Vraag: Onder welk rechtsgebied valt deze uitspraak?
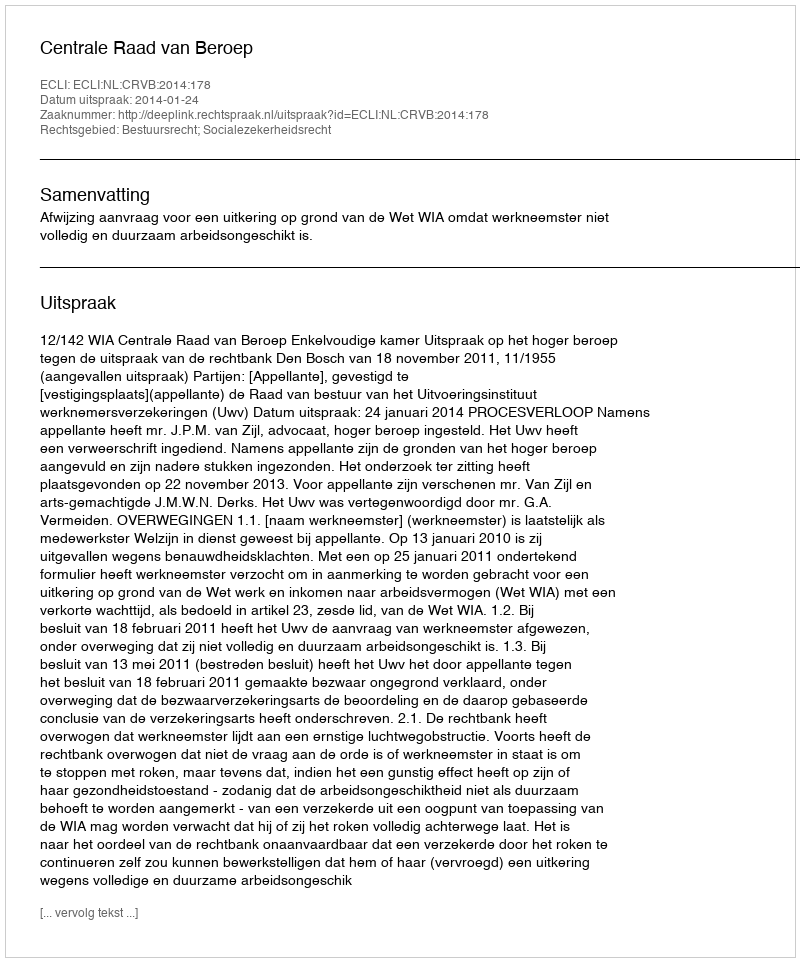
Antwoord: Bestuursrecht; Socialezekerheidsrecht